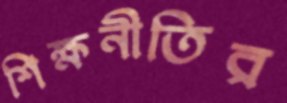
শিক্ষনীতির